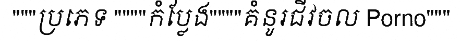
"""ប្រភេទ """"កំប្លែង""""គំនូរជីវចល Porno"""